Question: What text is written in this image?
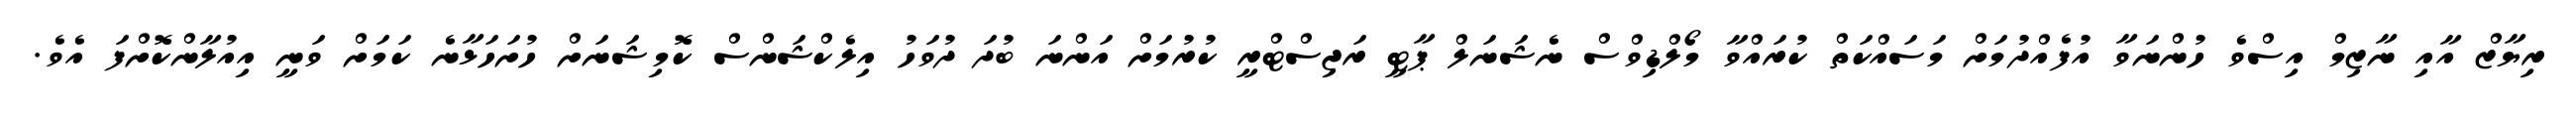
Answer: ރިޔާޒް އާއި ނާޒިމް އިސްވެ ހުންނަވާ އުފެއްދުމަށް މަސައްކަތް ކުރައްވާ މޯލްޑިވްސް ނެޝަނަލް ޕާޓީ ރަޖިސްޓްރީ ކުރުމަށް އަންނަ ބުދަ ދުވަހު އިލެކްޝަންސް ކޮމިޝަނަށް ހުށަހަޅާނެ ކަމަށް ވަނީ އިއުލާންކޮށްފަ އެވެ.